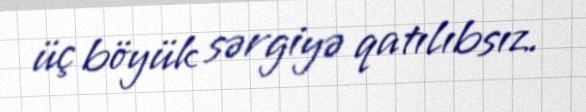
üç böyük sərgiyə qatılıbsız.